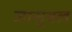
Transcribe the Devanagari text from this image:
जासुबल